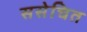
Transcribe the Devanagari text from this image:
ससेचित